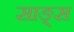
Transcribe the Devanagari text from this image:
साङ्स